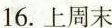
16.上周末